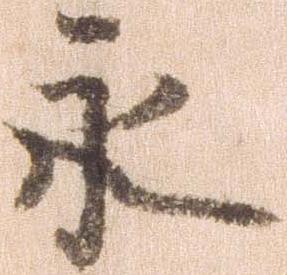
永